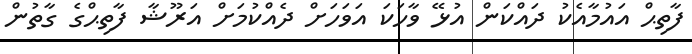
ފާތިޙް އައުމާއެކު ދައްކަން އުޅޭ ވާހަކަ އަވަހަށް ދެއްކުމަށް އަރޫޝާ ފާތިޙްގެ ގާތުން